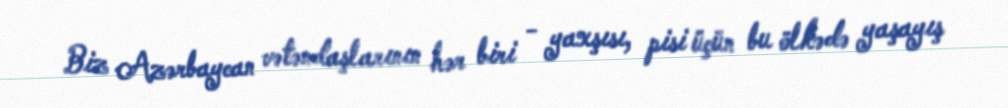
Biz Azərbaycan vətəndaşlarının hər biri - yaxşısı, pisi üçün bu ölkədə yaşayış